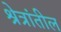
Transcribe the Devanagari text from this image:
श्रेत्रांतील